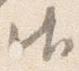
御